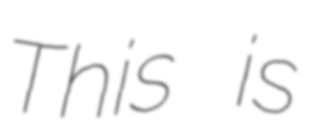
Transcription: This is